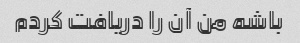
باشه من آن را دریافت کردم